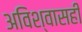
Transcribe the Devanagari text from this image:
अविश्वासही